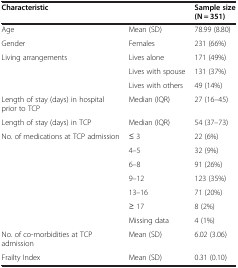
| Characteristic |  | Sample size (N = 351) |
 | --- | --- | --- |
 | Age | Mean (SD) | 78.99 (8.80) |
 | Gender | Females | 231 (66%) |
 | <ROWSPAN=3> Living arrangements | Lives alone | 171 (49%) |
 | Lives with spouse | 131 (37%) |
 | Lives with others | 49 (14%) |
 | Length of stay (days) in hospital prior to TCP | Median (IQR) | 27 (16–45) |
 | Length of stay (days) in TCP | Median (IQR) | 54 (37–73) |
 | <ROWSPAN=7> No. of medications at TCP admission | ≤ 3 | 22 (6%) |
 | 4–5 | 32 (9%) |
 | 6–8 | 91 (26%) |
 | 9–12 | 123 (35%) |
 | 13–16 | 71 (20%) |
 | ≥ 17 | 8 (2%) |
 | Missing data | 4 (1%) |
 | No. of co-morbidities at TCP admission | Mean (SD) | 6.02 (3.06) |
 | Frailty Index | Mean (SD) | 0.31 (0.10) |